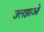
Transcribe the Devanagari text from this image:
उलझाओ